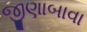
જીણાબાવા